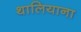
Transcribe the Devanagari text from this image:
थालियाना